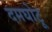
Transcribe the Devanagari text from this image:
दमघोटू